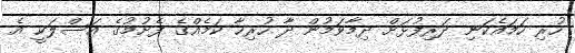
ހުރި ހަމައެކަނި ދަރިފުޅަށް ދިމާވަމުން ދާ ހުރިހާ ކަމެއްގެ ފެށުމުގެ އަސްލަކީ އެ